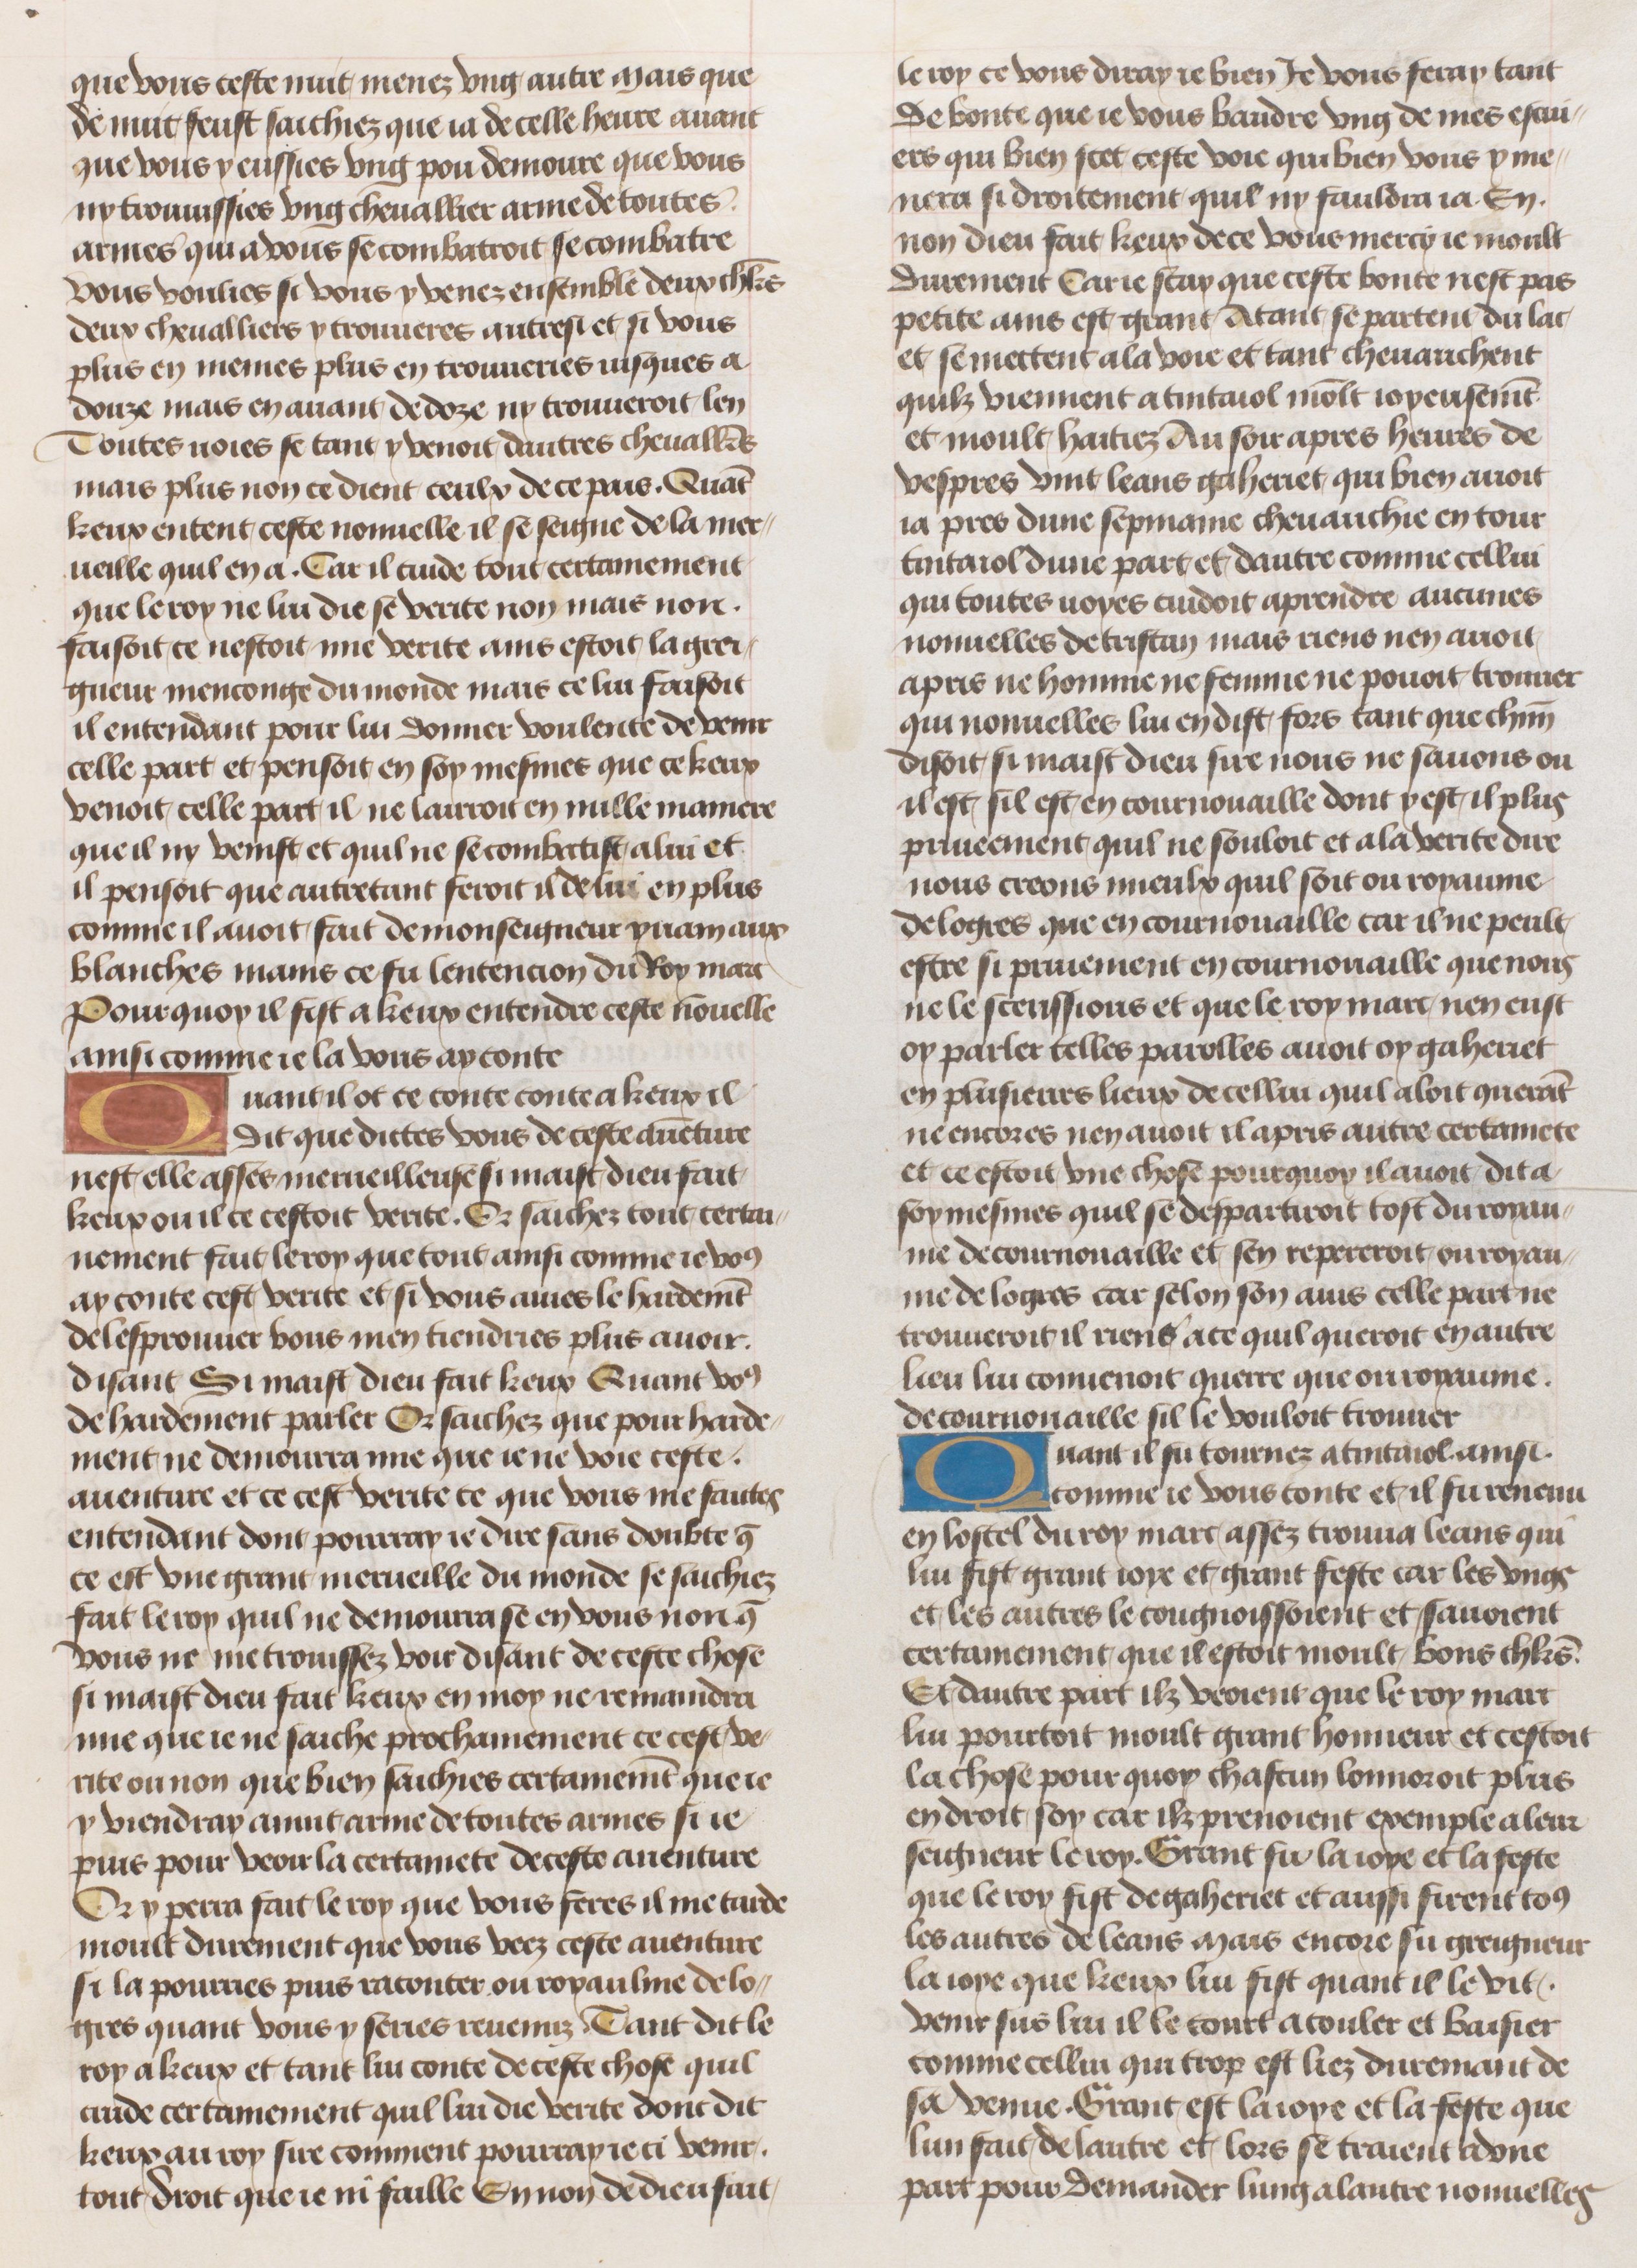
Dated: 1455–1485